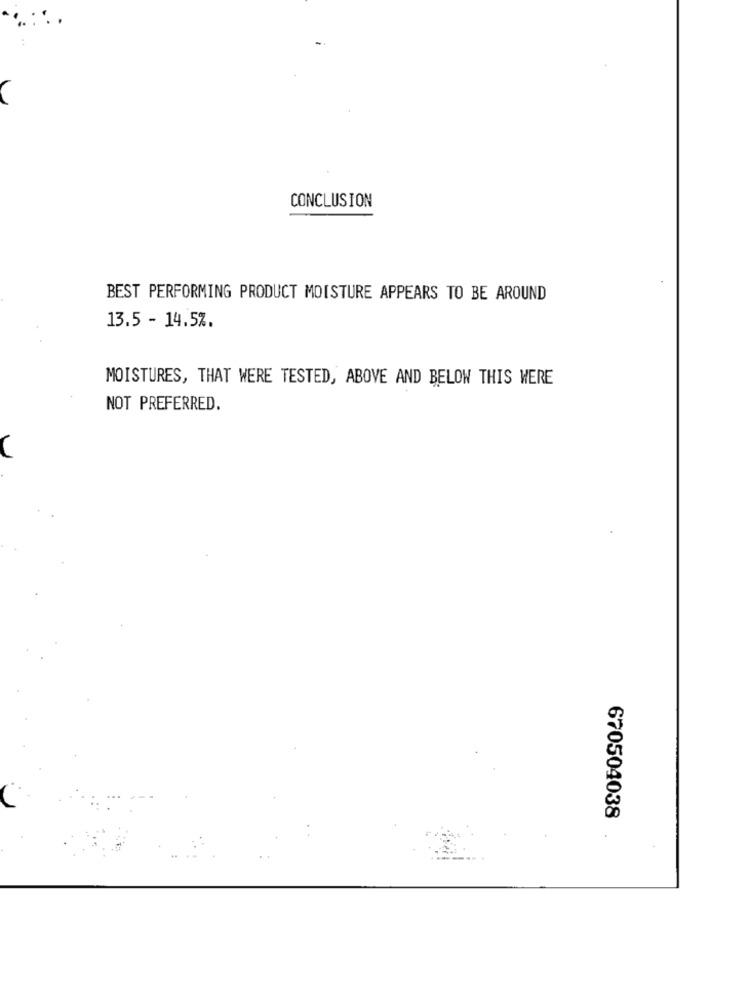
CONCLUSION
BEST PERFORMING PRODUCT MOISTURE APPEARS TO BE AROUND
13.5 - 14.5%.
MOISTURES, THAT WERE TESTED, ABOVE AND BELOW THIS WERE
NOT PREFERRED.
U
670504038